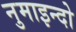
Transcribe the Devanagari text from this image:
नुमाइन्दो